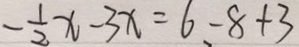
- \frac { 1 } { 2 } x - 3 x = 6 - 8 + 3